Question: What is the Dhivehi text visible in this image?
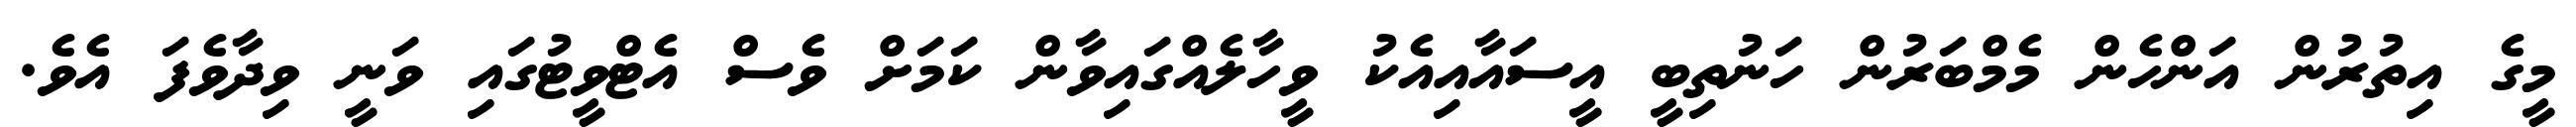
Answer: މީގެ އިތުރުން އަންހެން މެމްބަރުން ހަނުތިބީ އީސައާއިއެކު ވީހާލެއްގައިވާން ކަމަށް ވެސް އެޓްވީޓުގައި ވަނީ ވިދާވެފަ އެވެ.